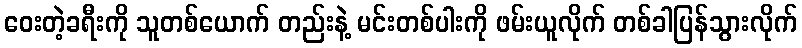
ဝေးတဲ့ခရီးကို သူတစ်ယောက် တည်းနဲ့ မင်းတစ်ပါးကို ဖမ်းယူလိုက် တစ်ခါပြန်သွားလိုက်